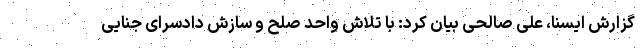
گزارش ایسنا، علی صالحی بیان کرد: با تلاش واحد صلح و سازش دادسرای جنایی